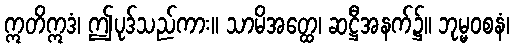
ဣတိဣဒံ၊ ဤပုဒ်သည်ကား။ သာမိအတ္ထေ၊ ဆဋ္ဌီအနက်၌။ ဘုမ္မဝစနံ၊